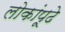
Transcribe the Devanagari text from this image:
लोकांपूढे